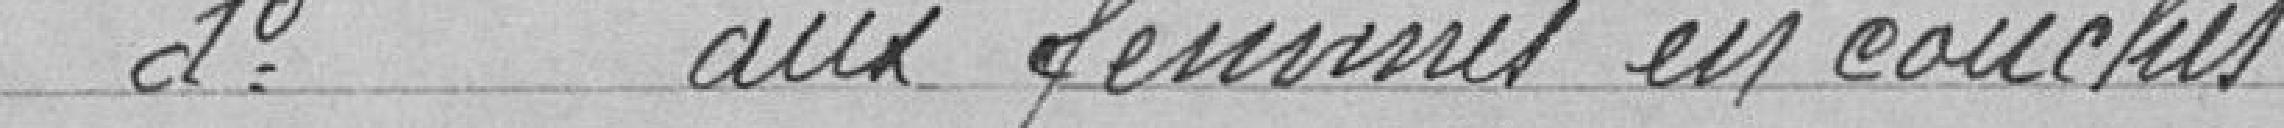
2 aux femmes en couche